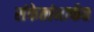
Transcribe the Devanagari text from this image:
संकेतांमार्फत